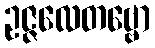
ဥဇ္ဇလေတဗ္ဗော